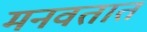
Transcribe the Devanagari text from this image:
मनवतात